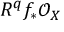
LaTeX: R ^ { q } f _ { * } { \mathcal { O } } _ { X }